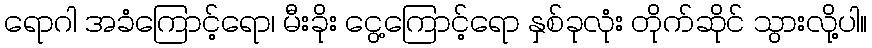
ရောဂါ အခံကြောင့်ရော၊ မီးခိုး ငွေ့ကြောင့်ရော နှစ်ခုလုံး တိုက်ဆိုင် သွားလို့ပါ။